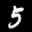
Label: 5